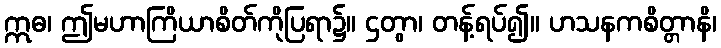
ဣဓ၊ ဤမဟာကြိယာစိတ်ကိုပြရာ၌။ ဌတွာ၊ တန့်ရပ်၍။ ဟသနကစိတ္တာနိ၊